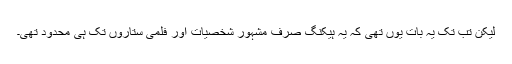
لیکن تب تک یہ بات یوں تھی کہ یہ ہیکنگ صرف مشہور شخصیات اور فلمی ستاروں تک ہی محدود تھی۔